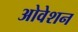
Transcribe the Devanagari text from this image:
ओवेशन